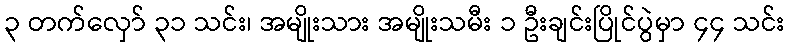
၃ တက်လှော် ၃၁ သင်း၊ အမျိုးသား အမျိုးသမီး ၁ ဦးချင်းပြိုင်ပွဲမှာ ၄၄ သင်း